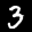
Label: 3